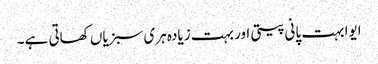
ایوا بہت پانی پیتی اور بہت زیادہ ہری سبزیاں کھاتی ہے۔